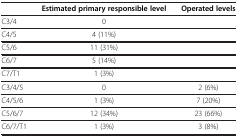
<table><thead><tr><td><b> </b></td><td><b>Estimated primary responsible level</b></td><td><b>Operated levels</b></td></tr></thead><tbody><tr><td>C3/4</td><td>0</td><td> </td></tr><tr><td>C4/5</td><td>4 (11%)</td><td> </td></tr><tr><td>C5/6</td><td>11 (31%)</td><td> </td></tr><tr><td>C6/7</td><td>5 (14%)</td><td> </td></tr><tr><td>C7/T1</td><td>1 (3%)</td><td> </td></tr><tr><td>C3/4/5</td><td>0</td><td>2 (6%)</td></tr><tr><td>C4/5/6</td><td>1 (3%)</td><td>7 (20%)</td></tr><tr><td>C5/6/7</td><td>12 (34%)</td><td>23 (66%)</td></tr><tr><td>C6/7/T1</td><td>1 (3%)</td><td>3 (8%)</td></tr></tbody></table>